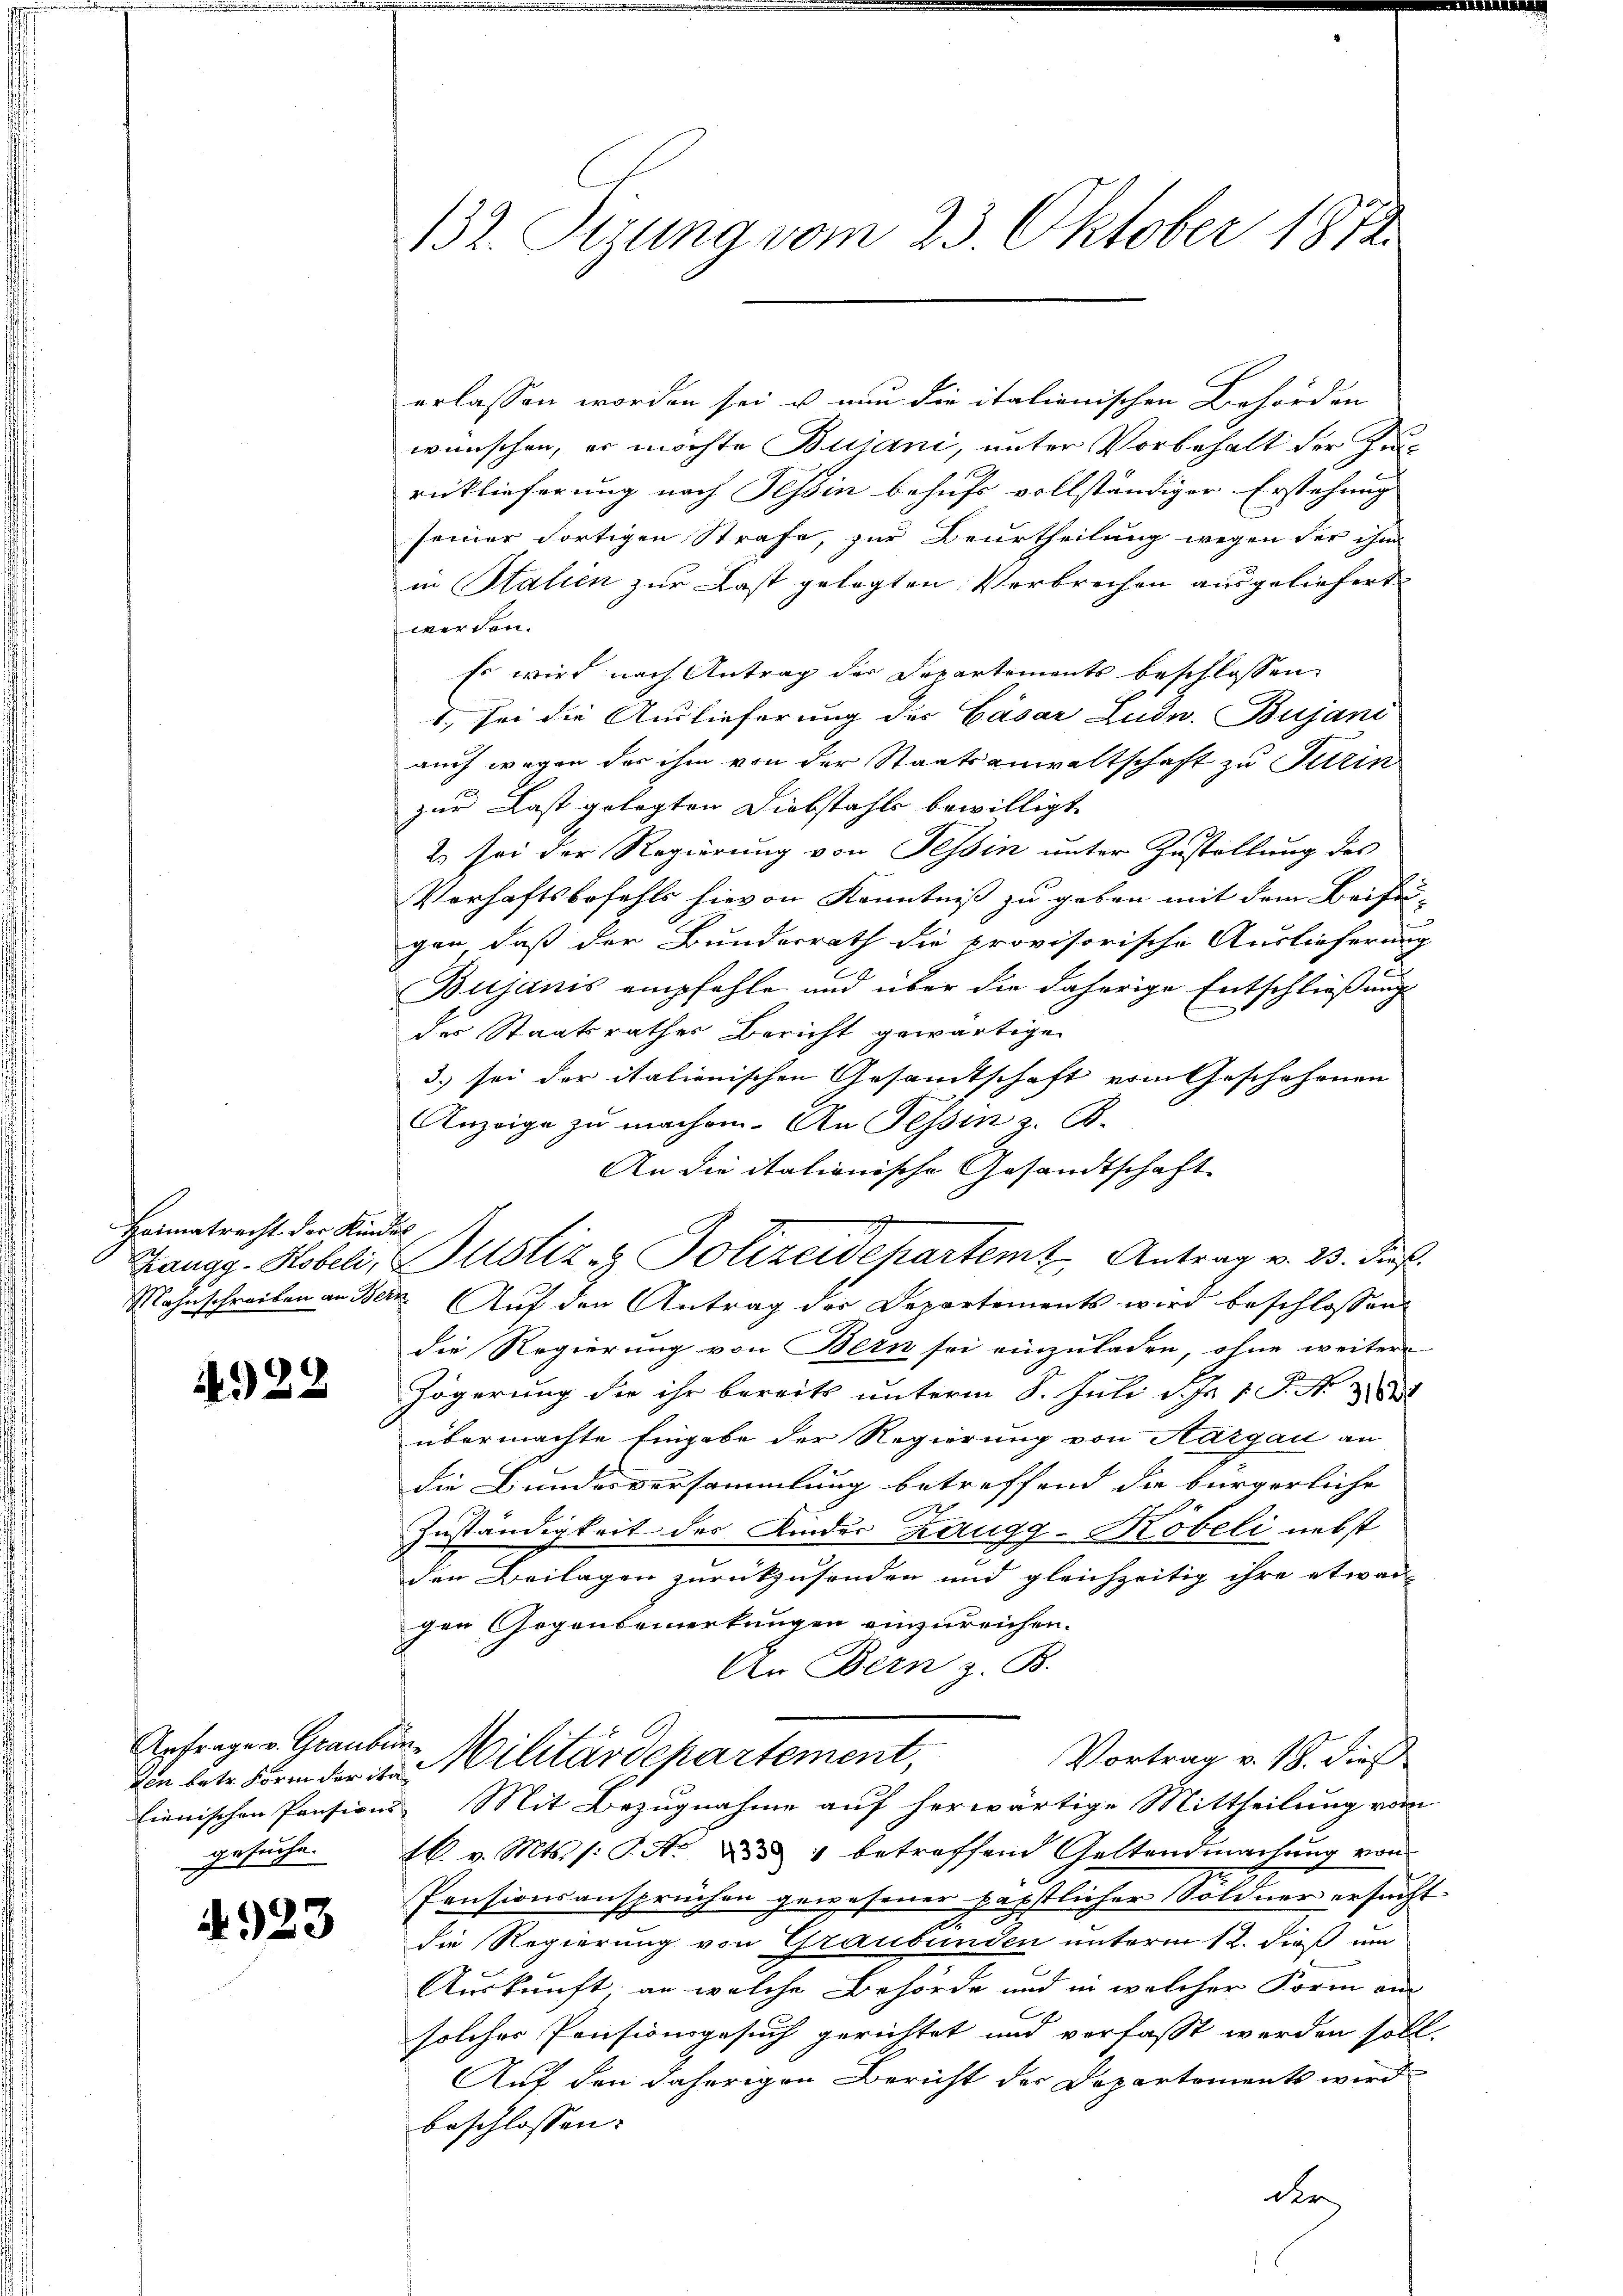
Heimatrecht der Kindes

4922

Anfrage v. Graubün¬

4923

132. Stzung vom 23. Oktober 1872.

erlassen worden sei u. nun die italienischen Behörden
wünschen, er möchte Bujani, unter Vorbehalt der Zurücklieferung nach Tessin behufs vollständiger Erstehung
seiner Fortigen Strafe, zur Beurtheilung wegen der ihm
in Stalien zur Last gelegten Verbrechen ausgeliefert
werden.
Es wird nach Antrag der Departements beschlossen
1., sei die Auslieferung des Gasar Ludn. Bujani
auch wegen der ihm von der Staatsanwaltschaft zu Turin
zur Last gelegten Diebstahls bewilligt.
2 sei der Regierung von Tessin unter Zustellung des
Verhaftsbefehls hievon Kenntniß zu geben mit dem Beifügen, daß der Bundesrath die provisorische Auslieferung
Bujanis empfehle und über die daherige Entschließung
des Staatsrathes Bericht gewärtigen
3) sei der italienischen Gesandtschaft vom Geschehenen
Anzeige zu machen. An Tessin z. B.
An die itationische Gesandtschaft
Zangg-Hobeli, Justiz & Polizeidepartemz, Antrag v. 23. Dies
Mahnschreiben an Bern. Auf den Antrag der Departements wird beschlossen:
die Regierung von Bern sei einzuladen, ohne weiter
zögerung die ihr bereits unterm 8. Juli d. J. 1 S. R. 21
übermachte Eingabe der Regierung von Aargau an
die Bundesversammlung betreffend die bürgerliche
2.
2
C
Zuständigkeit des Kinder Zaugg-Kobeli nebst
den Beilagen zurückzusenden und gleichzeitig ihre etwas
gen Gegenbemerkungen einzureichen.
An Bern z. B.
Vortrag v. 18. dieß
din betr. Form der in Militärdepartement,
lienischen Pensions Mit Bezugnahme auf herwärtige Mittheilung vom
gesuche k. v. Mts. (: P. Nr. 551 betreffend Geltendmachung von
Pensionsansprüchen gewesener päpstlicher Söldner ersucht
die Regierung von Graubünden unterm 12. dieß um
Auskunft an welche Behörde und in welcher Form am
solcher Pensionsgesuch gerichtet und verfasst werden soll.
Auf den daherigen Bericht der Departements wird
beschlossen:
der